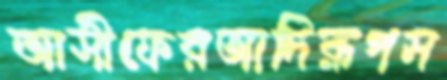
আসীফেরআদিরূপস